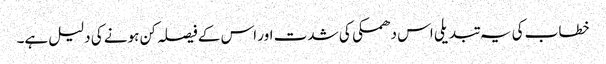
خطاب کی یہ تبدیلی اس دھمکی کی شدت اور اس کے فیصلہ کن ہونے کی دلیل ہے۔